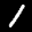
Label: 1